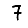
Digit: 7